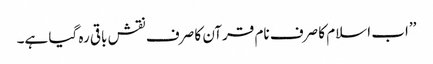
’’اب اسلام کا صرف نام قرآن کا صرف نقش باقی رہ گیا ہے۔